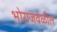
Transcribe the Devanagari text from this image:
भोराजवळील